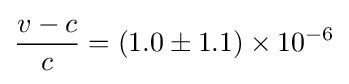
{\frac {v-c}{c}}=(1.0\pm 1.1)\times 10^{-6}